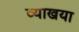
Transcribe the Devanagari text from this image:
व्याखया